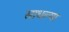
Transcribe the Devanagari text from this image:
साधल्या